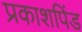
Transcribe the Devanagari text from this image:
प्रकाशपिंड